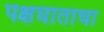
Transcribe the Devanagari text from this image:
पक्षघाताचा